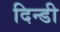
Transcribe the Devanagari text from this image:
दिन्डी